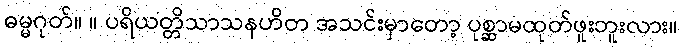
ဓမ္မဂုတ်။ ။ ပရိယတ္တိသာသနဟိတ အသင်းမှာတော့ ပုစ္ဆာမထုတ်ဖူးဘူးလား။